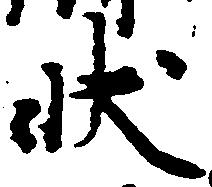
状